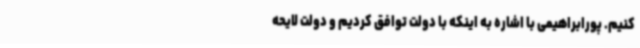
کنیم. پورابراهیمی با اشاره به اینکه با دولت توافق کردیم و دولت لایحه